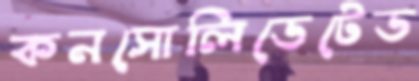
কনসোলিডেটেড